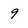
Character: 9